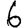
Digit: 6